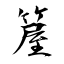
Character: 箼